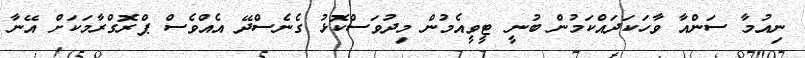
ނިއުމާ ސަންއާ ވާހަކަދައްކަމުން ބުނީ ޓީވީއެމުން މިދުވަސްކޮޅު ގެނެސްދޭ އެއްވެސް ޕްރޮގްރާމަކަށް އޭނާ